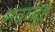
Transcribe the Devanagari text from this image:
नवव्यूह